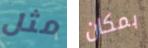
مثل بمكان